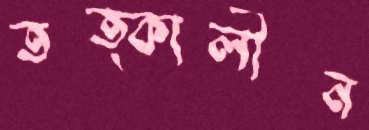
তত্কালীন